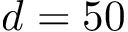
d = 5 0